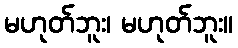
မဟုတ်ဘူး၊ မဟုတ်ဘူး။